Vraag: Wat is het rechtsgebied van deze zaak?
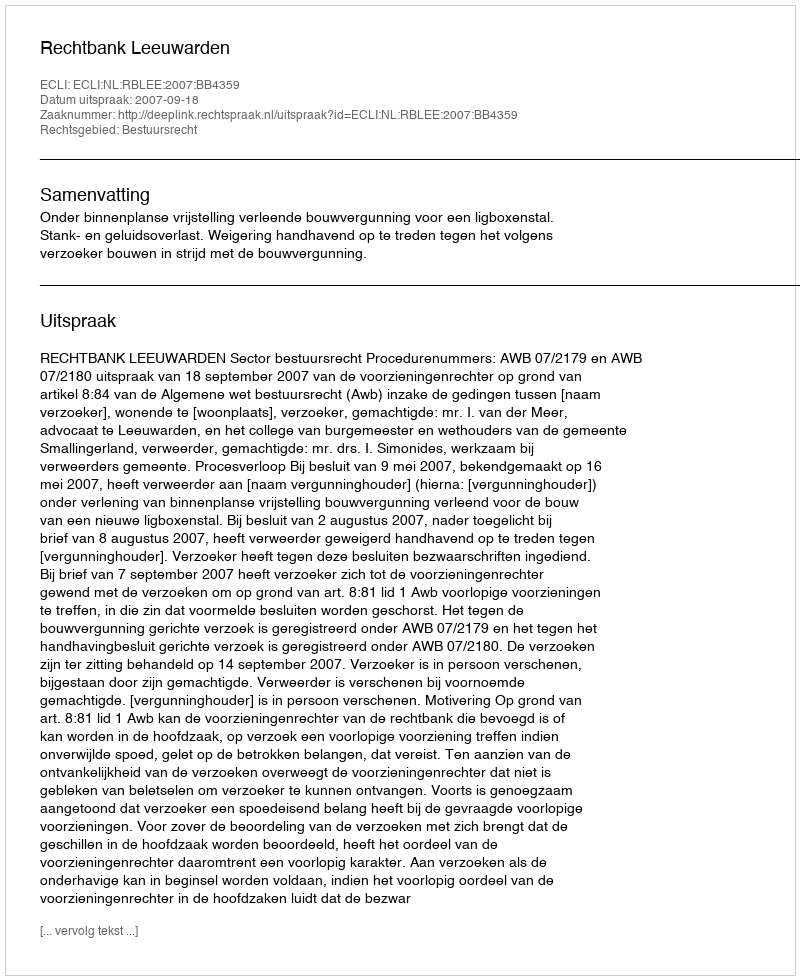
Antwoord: Bestuursrecht